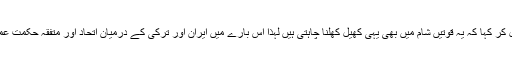
رجب طیب اردوغان نے کھل کر کہا کہ یہ قوتیں شام میں بھی یہی کھیل کھلنا چاہتی ہیں لہذا اس بارے میں ایران اور ترکی کے درمیان اتحاد اور متفقہ حکمت عملی اپنانے کی ضرورت ہے۔